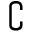
\complement